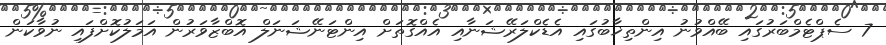
7 ސެޕްޓެމްބަރުގައި ބޭއްވުނު އިންތިޚާބުގައި އެޑެކްލަރޭޝަނާއި އެއްގޮތަށް އިންޓަނޭޝަނަލް އޮބްޒާވަރުން އަމަލުކޮށްފައި ނުވާކަން